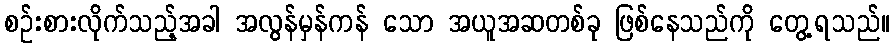
စဉ်းစားလိုက်သည့်အခါ အလွန်မှန်ကန် သော အယူအဆတစ်ခု ဖြစ်နေသည်ကို တွေ့ရသည်။